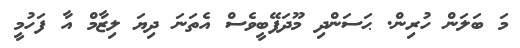
މަ ބަލަން ހުރިން. ޙަސަންދި މޫދަފޭބީވެސް އެތަނަ ދިޔަ ލިޒާމް އާ ފަހުމީ